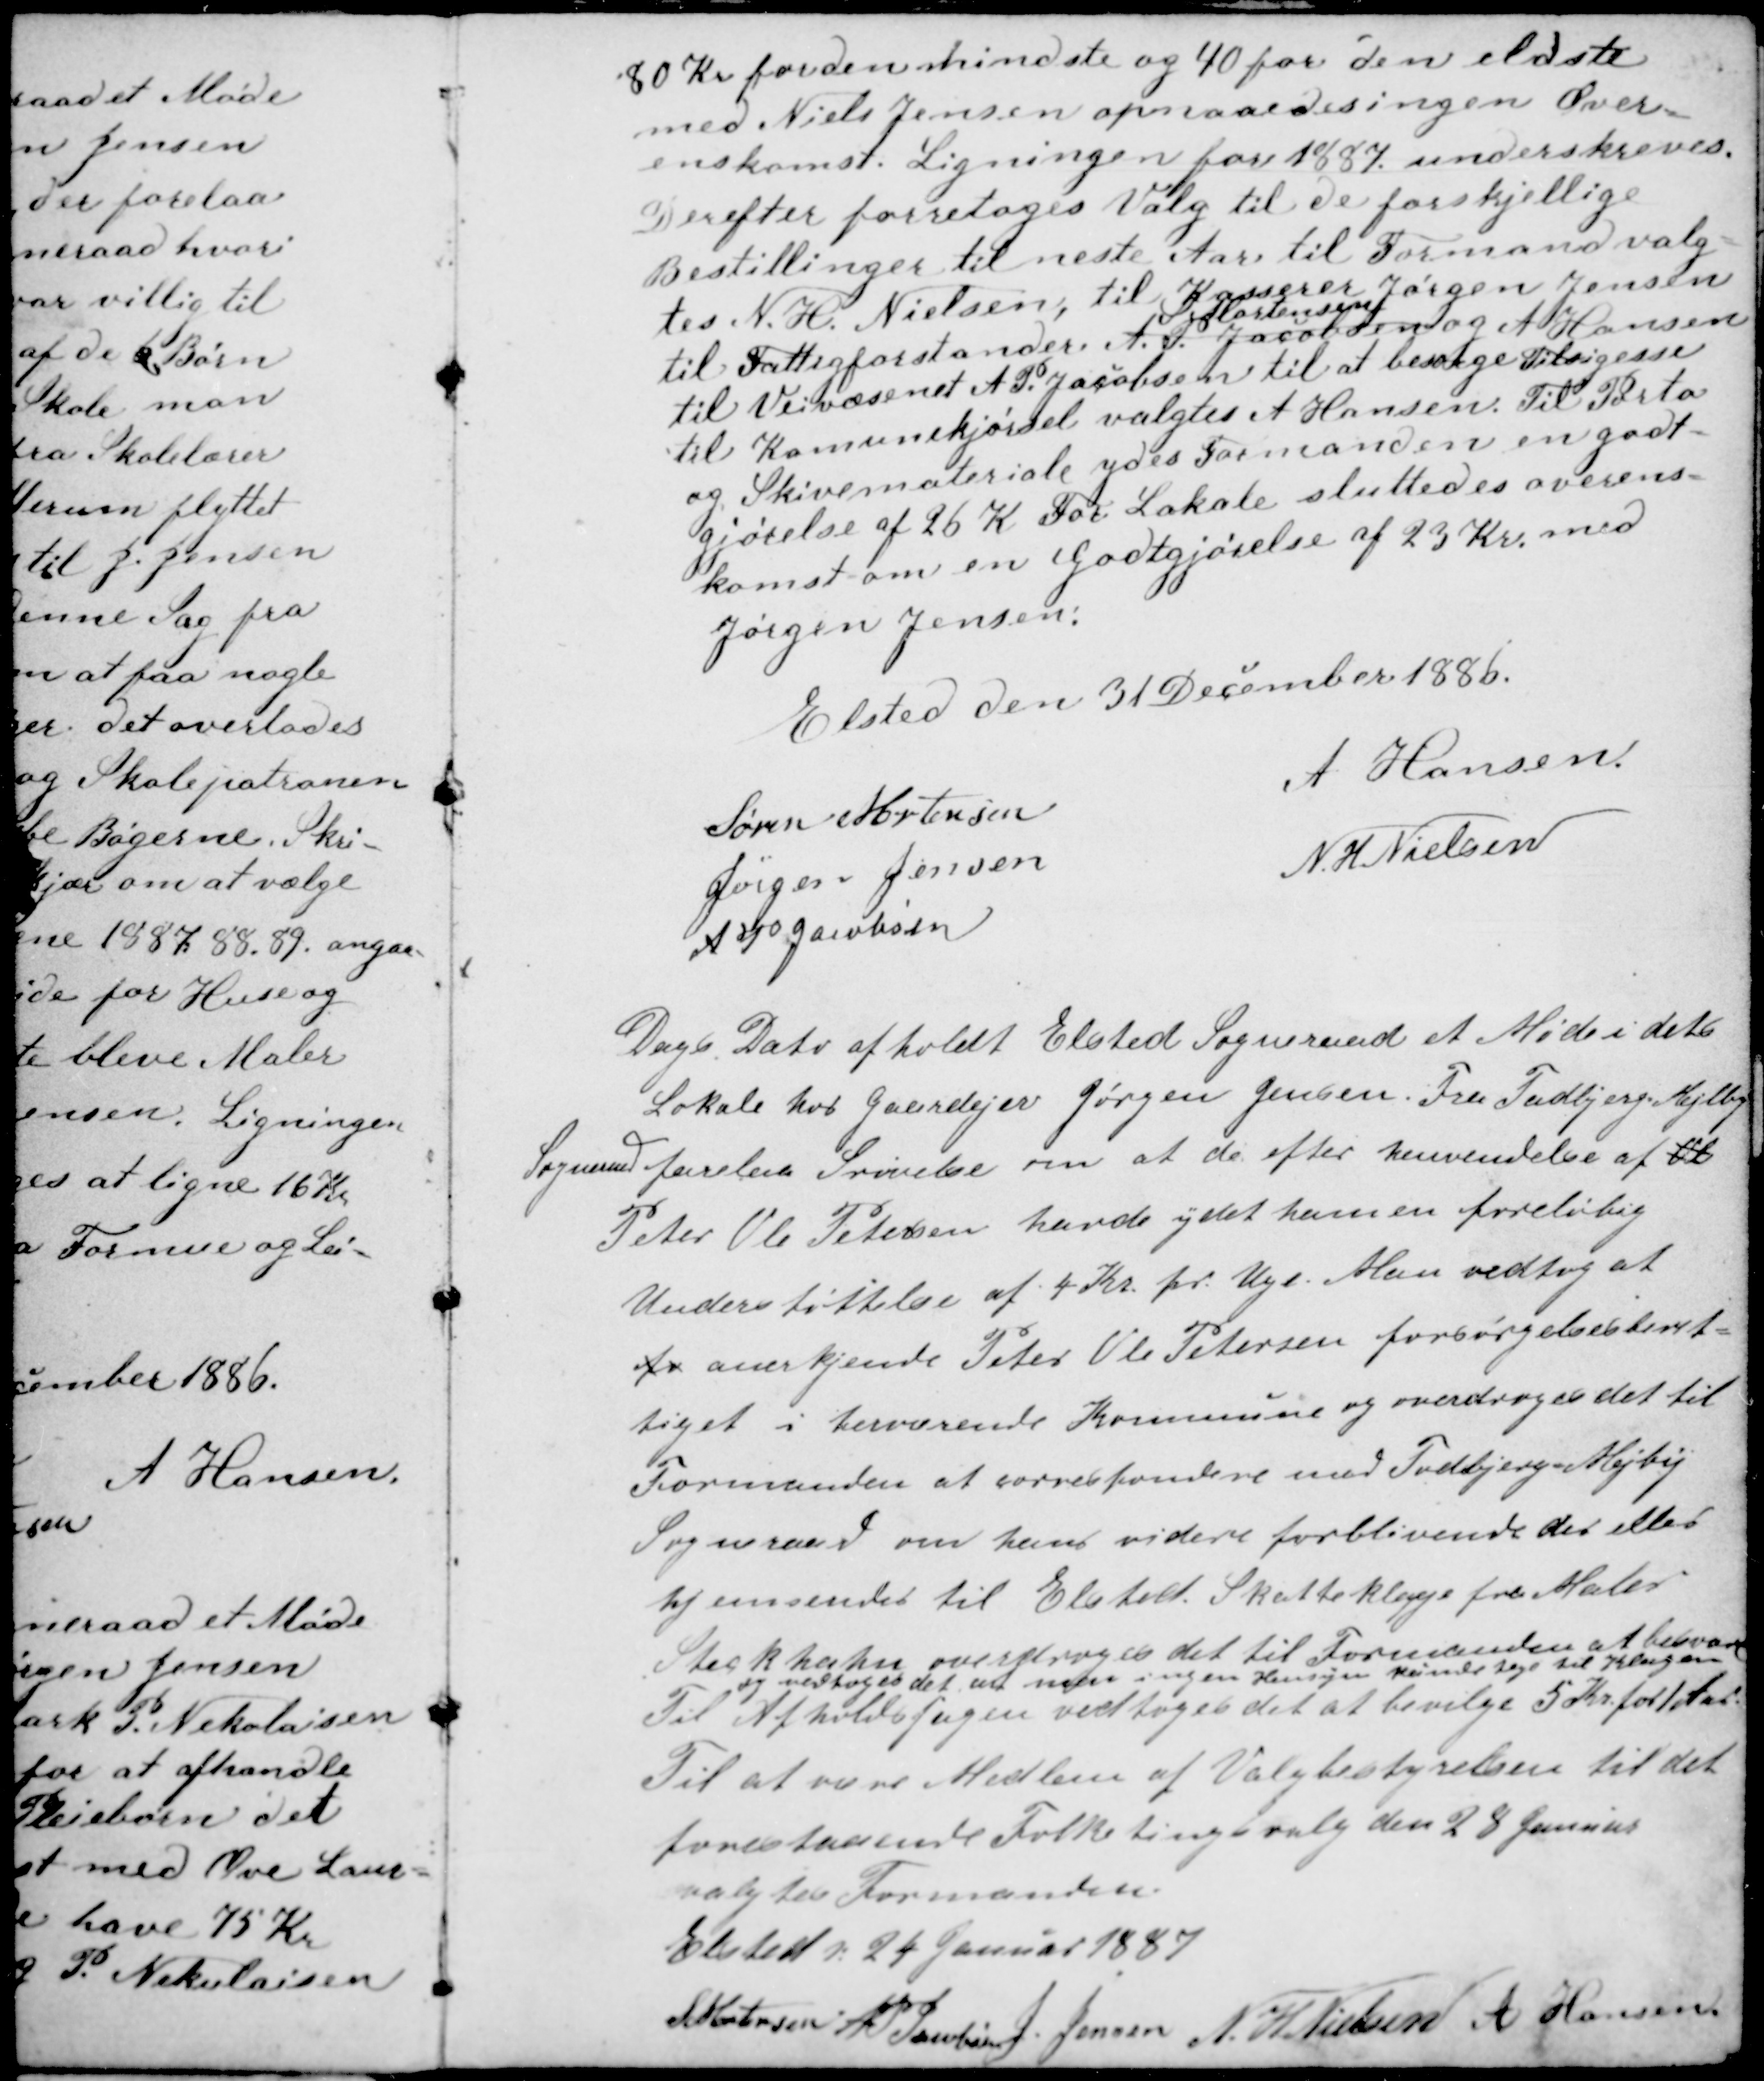
Transskription:
80 Kr for den shindste og 40 for den eldste
med Niels Jensen opnaaedes ingen Over-
enskomst. Ligningen for 1887 underskreves.
Derefter foretoges Valg til de forskjellige
Bestillinger til neste Aar, til Formand valg-
tes N. H. Nielsen, til Kasserer Jørgen Jensen
til Fattigforstandere
A. P. Jacobsen
S. Mortensen
og A Hansen
til Veivæsenet A P. Jacobsen til at besørge Tilsigesse
til Komunekjørsel valgtes A Hansen. Til Porto
og Skrivemateriale ydes Formanden en godt-
gjørelse af 26 K For Lokale sluttedes overens-
komst om en Godtgjørelse af 23 Kr. med
Jørgen Jensen :

Elsted den 31 December 1886.
Søren Mortensen
A Hansen
Jørgen Jensen
N. H Nielsen
A P Jacobsen

Dags Dato afholdt Elsted Sogneraad et Møde i dets
Lokale hos Gaardejer Jørgen Jensen. Fra Todbjerg-Mejlby
Sogneraad forelaa Skrivelse om at de efter henvendelse af Ol
Peter Ole Petersen havde ydet ham en foreløbig
Understøttelse af 4 Kr. pr. Uge. Man vedtog at
fv anerkjende Peter Ole Petersen forsørgelsesberet-
tiget i herværende Kommune og overdroges det til
Formanden at correspondere med Todbjerg-Mejlby
Sogneraad om hans videre forblivende der eller
hjemsendes til Elsted. Skatteklage fra Maler
Steckhahn overdrages det til Formanden at besvare
og vedtoges det at man ingen Hensyn kunde tage til Klagen
Til Afholdsfugen vedtoges det at bevilge 5 Kr for 1 Aar.
Til at være Medlem af Valgbestyrelsen til det
forestaaende Folketingsvalg den 28 Januar
valgtes Formanden.
Elsted d 24 Januar 1887
S Mortensen AP Jacobsen J. Jensen N. H Nielsen A Hansen